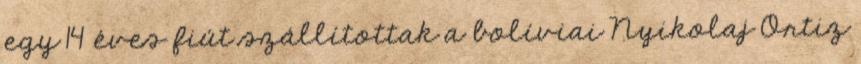
egy 14 éves fiút szállítottak a bolíviai Nyikolaj Ortiz